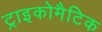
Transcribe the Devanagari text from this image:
ट्राइकोमैटिक